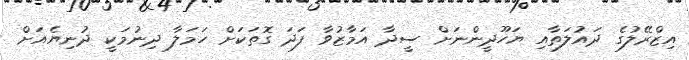
އިޒްރޭލުގެ ދައުލަތާއި ޔަހޫދީންނަށް ސީދާ އަމާޒުވާ ފަދަ ގޮތަކަށް ހަމަލާ ދިނުމަކީ ދުނިޔެއަށް